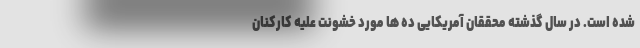
شده است. در سال گذشته محققان آمریکایی ده ها مورد خشونت علیه کارکنان